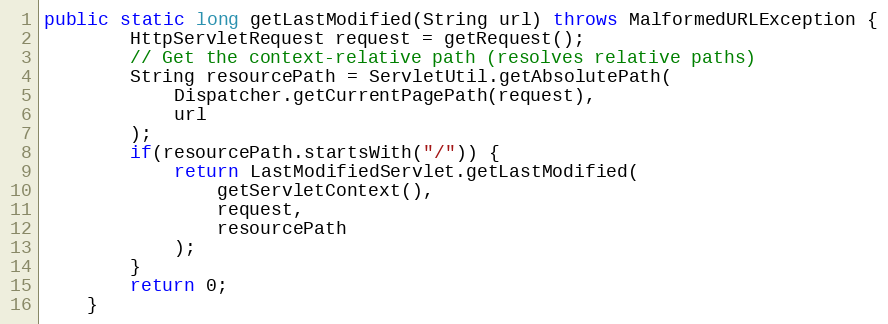
Language: Java
public static long getLastModified(String url) throws MalformedURLException {
		HttpServletRequest request = getRequest();
		// Get the context-relative path (resolves relative paths)
		String resourcePath = ServletUtil.getAbsolutePath(
			Dispatcher.getCurrentPagePath(request),
			url
		);
		if(resourcePath.startsWith("/")) {
			return LastModifiedServlet.getLastModified(
				getServletContext(),
				request,
				resourcePath
			);
		}
		return 0;
	}